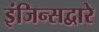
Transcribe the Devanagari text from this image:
इंजिन्सद्वारे